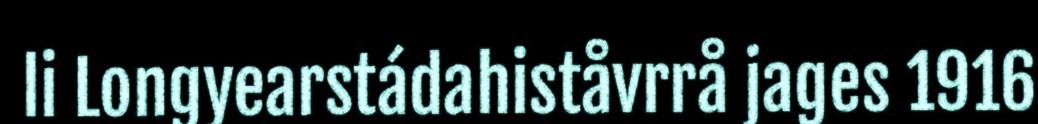
li Longyearstádahiståvrrå jages 1916